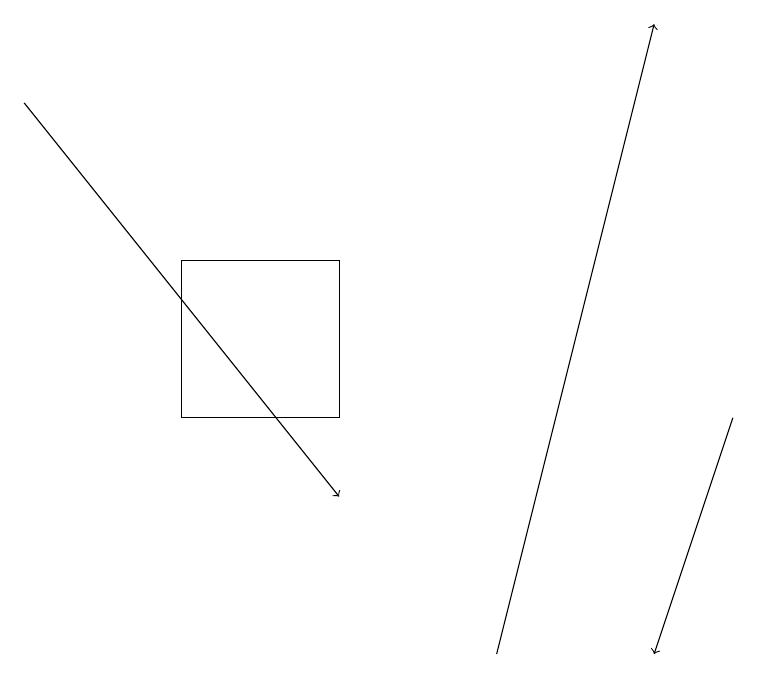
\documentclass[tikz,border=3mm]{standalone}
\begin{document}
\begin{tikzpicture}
\draw[->] (6,11) -- (8,19);
\draw[->] (0,18) -- (4,13);
\draw (2,16) rectangle (4,14);
\draw[->] (9,14) -- (8,11);
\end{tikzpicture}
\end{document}